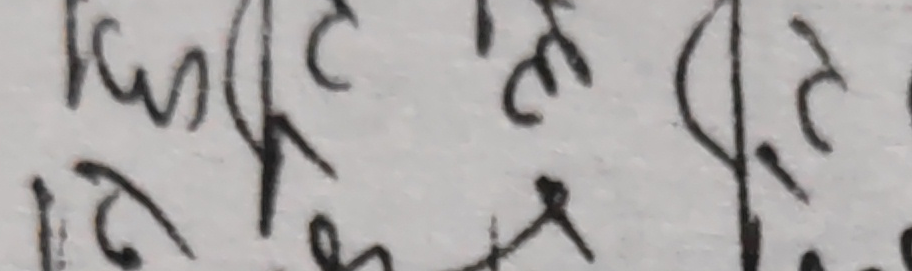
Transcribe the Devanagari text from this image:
फिटलट